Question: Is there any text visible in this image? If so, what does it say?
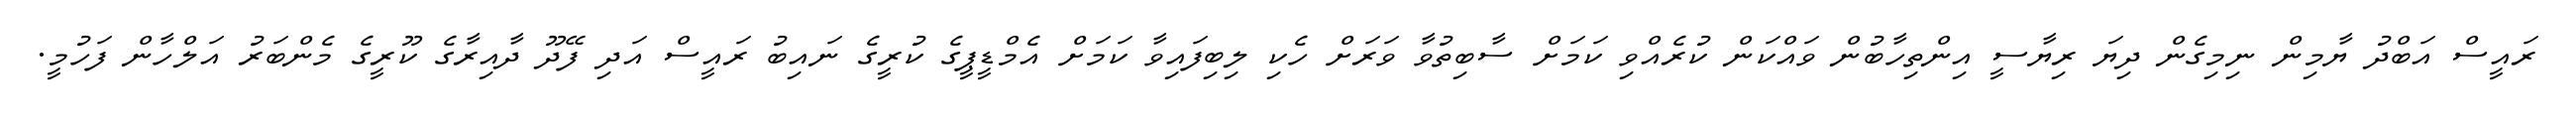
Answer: ރައީސް އަބްދު ޔާމިން ނިމިގެން ދިޔަ ރިޔާސީ އިންތިހާބުން ވައްކަން ކުރެއްވި ކަމަށް ސާބިތުވާ ވަރަށް ހެކި ލިބިފައިވާ ކަމަށް އެމްޑީޕީގެ ކުރީގެ ނައިބު ރައީސް އަދި ފޭދޫ ދާއިރާގެ ކޫރީގެ މެންބަރު އަލްހާން ފަހުމީ.